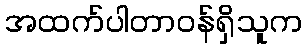
အထက်ပါတာဝန်ရှိသူက